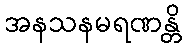
အနသနမရဏန္တိ